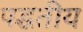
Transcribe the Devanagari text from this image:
पद्धतीय